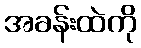
အခန်းထဲကို